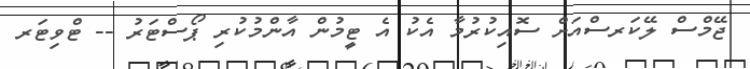
ޖޭމްސް ލޭކަރސްއަށް ސޮއިކުރުމާ އެކު އެ ޓީމުން އާންމުކުރި ޕޯސްޓަރު -- ޓްވިޓަރ